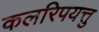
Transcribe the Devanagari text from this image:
कलरिपयत्तु